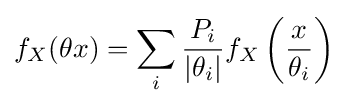
f_{X}(\theta x)=\sum _{i}{\frac {P_{i}}{|\theta _{i}|}}f_{X}\left({\frac {x}{\theta _{i}}}\right)